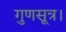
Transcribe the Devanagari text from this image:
गुणसूत्र।